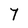
Character: 7